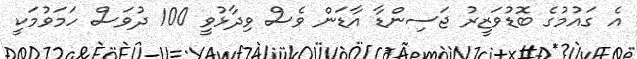
އެ ގައުމުގެ ބޮޑުވަޒީރު ޖަސިންޑާ އާޑަން ވެސް ވިދާޅުވީ 100 ދުވަސް ހަމަވުމަކީ